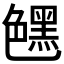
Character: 𰰛